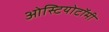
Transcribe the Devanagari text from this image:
ओस्टियोटॉमी